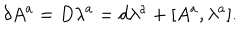
LaTeX: \delta A ^ { a } = D \lambda ^ { a } = d \lambda ^ { a } + [ A ^ { a } , \lambda ^ { a } ] .